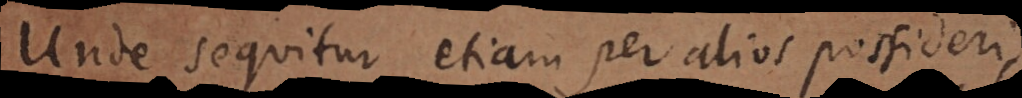
Unde sequitur etiam per alios possideri,